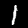
Label: 1